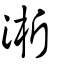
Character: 淅